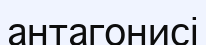
антагонисі